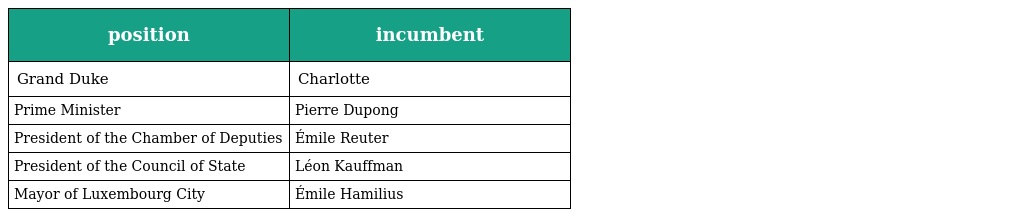
| position | incumbent |
 | --- | --- |
 | Grand Duke | Charlotte |
 | Prime Minister | Pierre Dupong |
 | President of the Chamber of Deputies | Émile Reuter |
 | President of the Council of State | Léon Kauffman |
 | Mayor of Luxembourg City | Émile Hamilius |